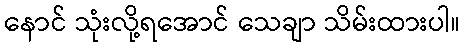
နောင် သုံးလို့ရအောင် သေချာ သိမ်းထားပါ။